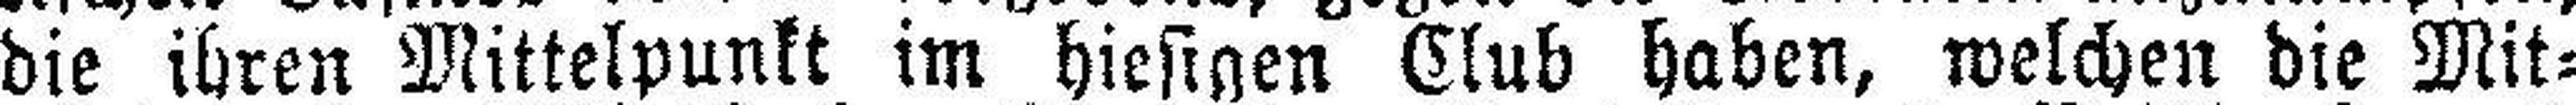
die ihren Mittelpunkt im hiesigen Club haben, welchen die Mit¬